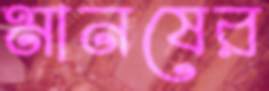
মানষের